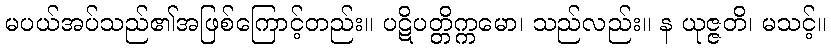
မပယ်အပ်သည်၏အဖြစ်ကြောင့်တည်း။ ပဋိပတ္တိက္ကမော၊ သည်လည်း။ န ယုဇ္ဇတိ၊ မသင့်။